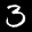
Label: 3